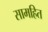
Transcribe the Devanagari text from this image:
सामहित